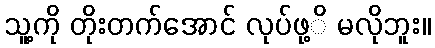
သူ့ကို တိုးတက်အောင် လုပ်ဖု့ိ မလိုဘူး။